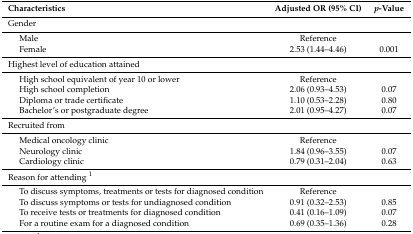
<table><thead><tr><td colspan="2"><b>Characteristics</b></td><td><b>Adjusted OR (95% CI)</b></td><td><b><i>p</i>-Value</b></td></tr></thead><tbody><tr><td colspan="4">Gender</td></tr><tr><td rowspan="2"></td><td>Male</td><td>Reference</td><td></td></tr><tr><td>Female</td><td>2.53 (1.44–4.46)</td><td>0.001</td></tr><tr><td colspan="4">Highest level of education attained</td></tr><tr><td rowspan="4"></td><td>High school equivalent of year 10 or lower</td><td>Reference</td><td></td></tr><tr><td>High school completion</td><td>2.06 (0.93–4.53)</td><td>0.07</td></tr><tr><td>Diploma or trade certificate</td><td>1.10 (0.53–2.28)</td><td>0.80</td></tr><tr><td>Bachelor’s or postgraduate degree</td><td>2.01 (0.95–4.27)</td><td>0.07</td></tr><tr><td colspan="4">Recruited from </td></tr><tr><td rowspan="3"></td><td>Medical oncology clinic</td><td>Reference</td><td></td></tr><tr><td>Neurology clinic</td><td>1.84 (0.96–3.55)</td><td>0.07</td></tr><tr><td>Cardiology clinic</td><td>0.79 (0.31–2.04)</td><td>0.63</td></tr><tr><td colspan="4">Reason for attending <sup>1</sup></td></tr><tr><td rowspan="4"></td><td>To discuss symptoms, treatments or tests for diagnosed condition</td><td>Reference</td><td></td></tr><tr><td>To discuss symptoms or tests for undiagnosed condition</td><td>0.91 (0.32–2.53)</td><td>0.85</td></tr><tr><td>To receive tests or treatments for diagnosed condition</td><td>0.41 (0.16–1.09)</td><td>0.07</td></tr><tr><td>For a routine exam for a diagnosed condition</td><td>0.69 (0.35–1.36)</td><td>0.28</td></tr></tbody></table>